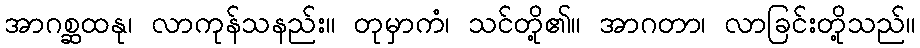
အာဂစ္ဆထနု၊ လာကုန်သနည်း။ တုမှာကံ၊ သင်တို့၏။ အာဂတာ၊ လာခြင်းတို့သည်။